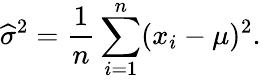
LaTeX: {\widehat{\sigma}}^{2}={\frac{1}{n}}\sum_{i=1}^{n}(x_{i}-\mu)^{2}.